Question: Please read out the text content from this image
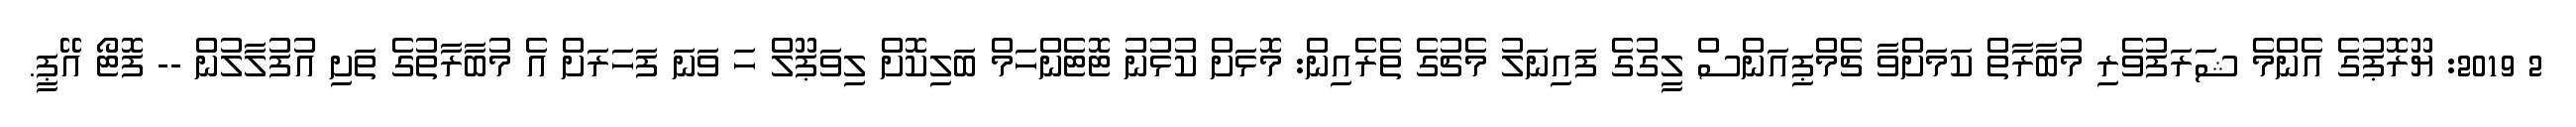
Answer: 2 2019: ޔޫރޮޕުގެ އެންމެ ޝަރަފުވެރި މުބާރާތް ކަމަށްވާ ޗެމްޕިއަންސް ލީގުގެ ފައިނަލު މެޗުގެ ތެރެއިން: މޮޅަށް ކުޅުނު ޓޮޓެންހަމް ބަލިކޮށް ލިވަޕޫލް ހަ ވަނަ ފަހަރަށް އެ މުބާރާތުގެ ތަށި އުފުލާލުން -- ފޮޓޯ އޭޕީ.